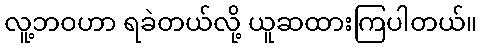
လူ့ဘဝဟာ ရခဲတယ်လို့ ယူဆထားကြပါတယ်။